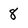
Character: 8